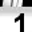
Digit: 1